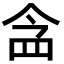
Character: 𮊀